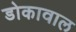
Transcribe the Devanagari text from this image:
डोकावाल